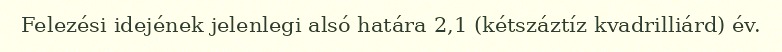
Felezési idejének jelenlegi alsó határa 2,1 (kétszáztíz kvadrilliárd) év.